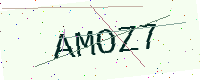
Text: AMOZ7